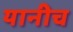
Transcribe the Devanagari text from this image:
यानीच